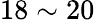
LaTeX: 18\sim 20